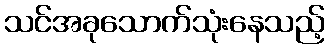
သင်အခုသောက်သုံးနေသည့်